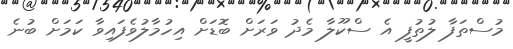
މުސްތަފާ ލުތުފީ އެ ސްކޫލާ މެދު ވަރަށް ބޮޑަށް އިހުމާލުވެފައިވާ ކަމަށް ބުނެ